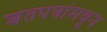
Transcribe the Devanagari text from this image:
शतपत्रांमधून